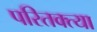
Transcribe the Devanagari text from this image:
परितक्त्या